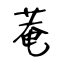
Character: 菴